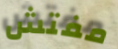
مفتش